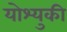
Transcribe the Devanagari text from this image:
योश्युकी